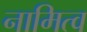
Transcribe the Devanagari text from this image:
नामित्व